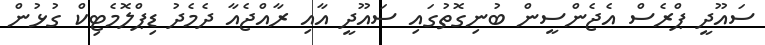
ސައޫދީ ޕްރެސް އެޖެންސީން ބުނިގޮތުގައި ސައޫދީ އާއި ރާއްޖެއާ ދެމެދު ޑިޕްލޮމެޓިކް ގުޅުން